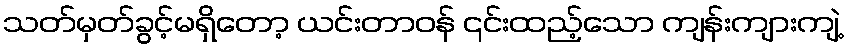
သတ်မှတ်ခွင့်မရှိတော့ ယင်းတာဝန် ၎င်းထည့်သော ကျန်းကျားကျဲ့